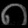
Digit: ၈